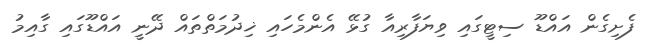
ފެށިގެން އައްޑޫ ސިޓީގައި ވިޔަފާރިއާ ގުޅޭ އެންމެހައި ޚިދުމަތްތައް ދޭނީ އައްޑޫގައި ގާއިމު